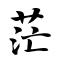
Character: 茫